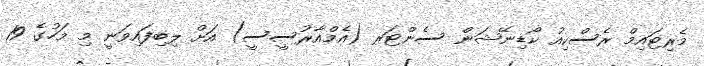
މެރިޓައިމް ރެސްކިއު ކޯޑިނޭޝަން ސެންޓަރ (އެމްއާރުސީސީ) އަށް ލިބިފައިވަނީ މި މަހުގެ 19